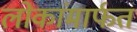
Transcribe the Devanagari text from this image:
लोकांमार्फत